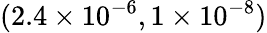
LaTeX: (2.4\times 10^{-6},1\times 10^{-8})